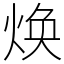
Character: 焕